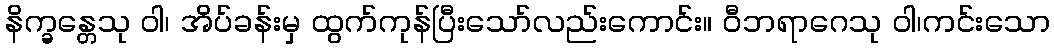
နိက္ခန္တေသု ဝါ၊ အိပ်ခန်းမှ ထွက်ကုန်ပြီးသော်လည်းကောင်း။ ဝီဘရာဂေသု ဝါ၊ကင်းသော